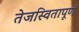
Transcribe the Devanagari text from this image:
तेजस्वितापूर्ण